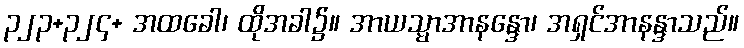
၃၂၃+၃၂၄+ အထခေါ၊ ထိုအခါ၌။ အာယသ္မာအာနန္ဒော၊ အရှင်အာနန္ဒာသည်။